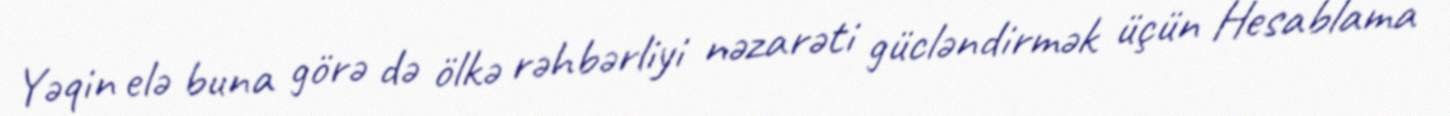
Yəqin elə buna görə də ölkə rəhbərliyi nəzarəti gücləndirmək üçün Hesablama